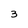
Character: 3